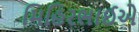
મિહિરભાઈએ